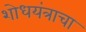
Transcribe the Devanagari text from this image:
शोधयंत्राचा